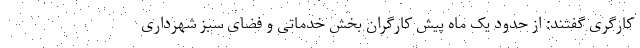
کارگری گفتند: از حدود یک ماه پیش کارگران بخش خدماتی و فضای سبز شهرداری